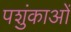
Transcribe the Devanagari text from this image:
पशुंकाओं